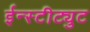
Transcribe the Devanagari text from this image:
ईन्स्टीट्युट